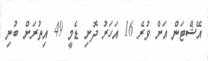
އޭޝްޓަން އަށް ވުރެ 16 އަހަރު ދޮށި ޑެމީ 49 އިތުރަށް ބުނި